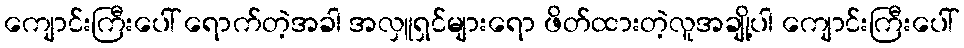
ကျောင်းကြီးပေါ် ရောက်တဲ့အခါ အလှူရှင်များရော ဖိတ်ထားတဲ့လူအချို့ပါ ကျောင်းကြီးပေါ်